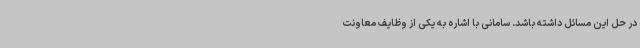
در حل این مسائل داشته باشد. سامانی با اشاره به یکی از وظایف معاونت